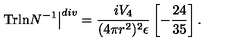
\left. \mathrm { T r l n } N ^ { - 1 } \right\vert ^ { d i v } = \frac { i V _ { 4 } } { ( 4 \pi r ^ { 2 } ) ^ { 2 } \epsilon } \left[ - \frac { 2 4 } { 3 5 } \right] .